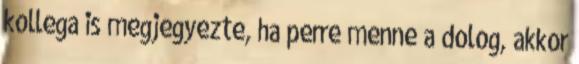
kollega is megjegyezte, ha perre menne a dolog, akkor